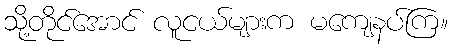
သို့တိုင်အောင် လူငယ်များက မကျေနပ်ကြ။